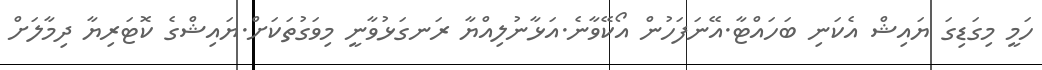
ހަމީ މިގަޑިގަ ޔައިޝް އެކަނި ބަހައްޓާ.އޭނަފަހުން އޯކޭވާނެ.އަޅާނުލިއްޔާ ރަނގަޅުވާނީ މިވަގުތަކަށް.ޔައިޝްގެ ކޮޓަރިޔާ ދިމާލަށް